Triigi_(Aleksandri)_vallavalitsus_Harjumaal, lk 13
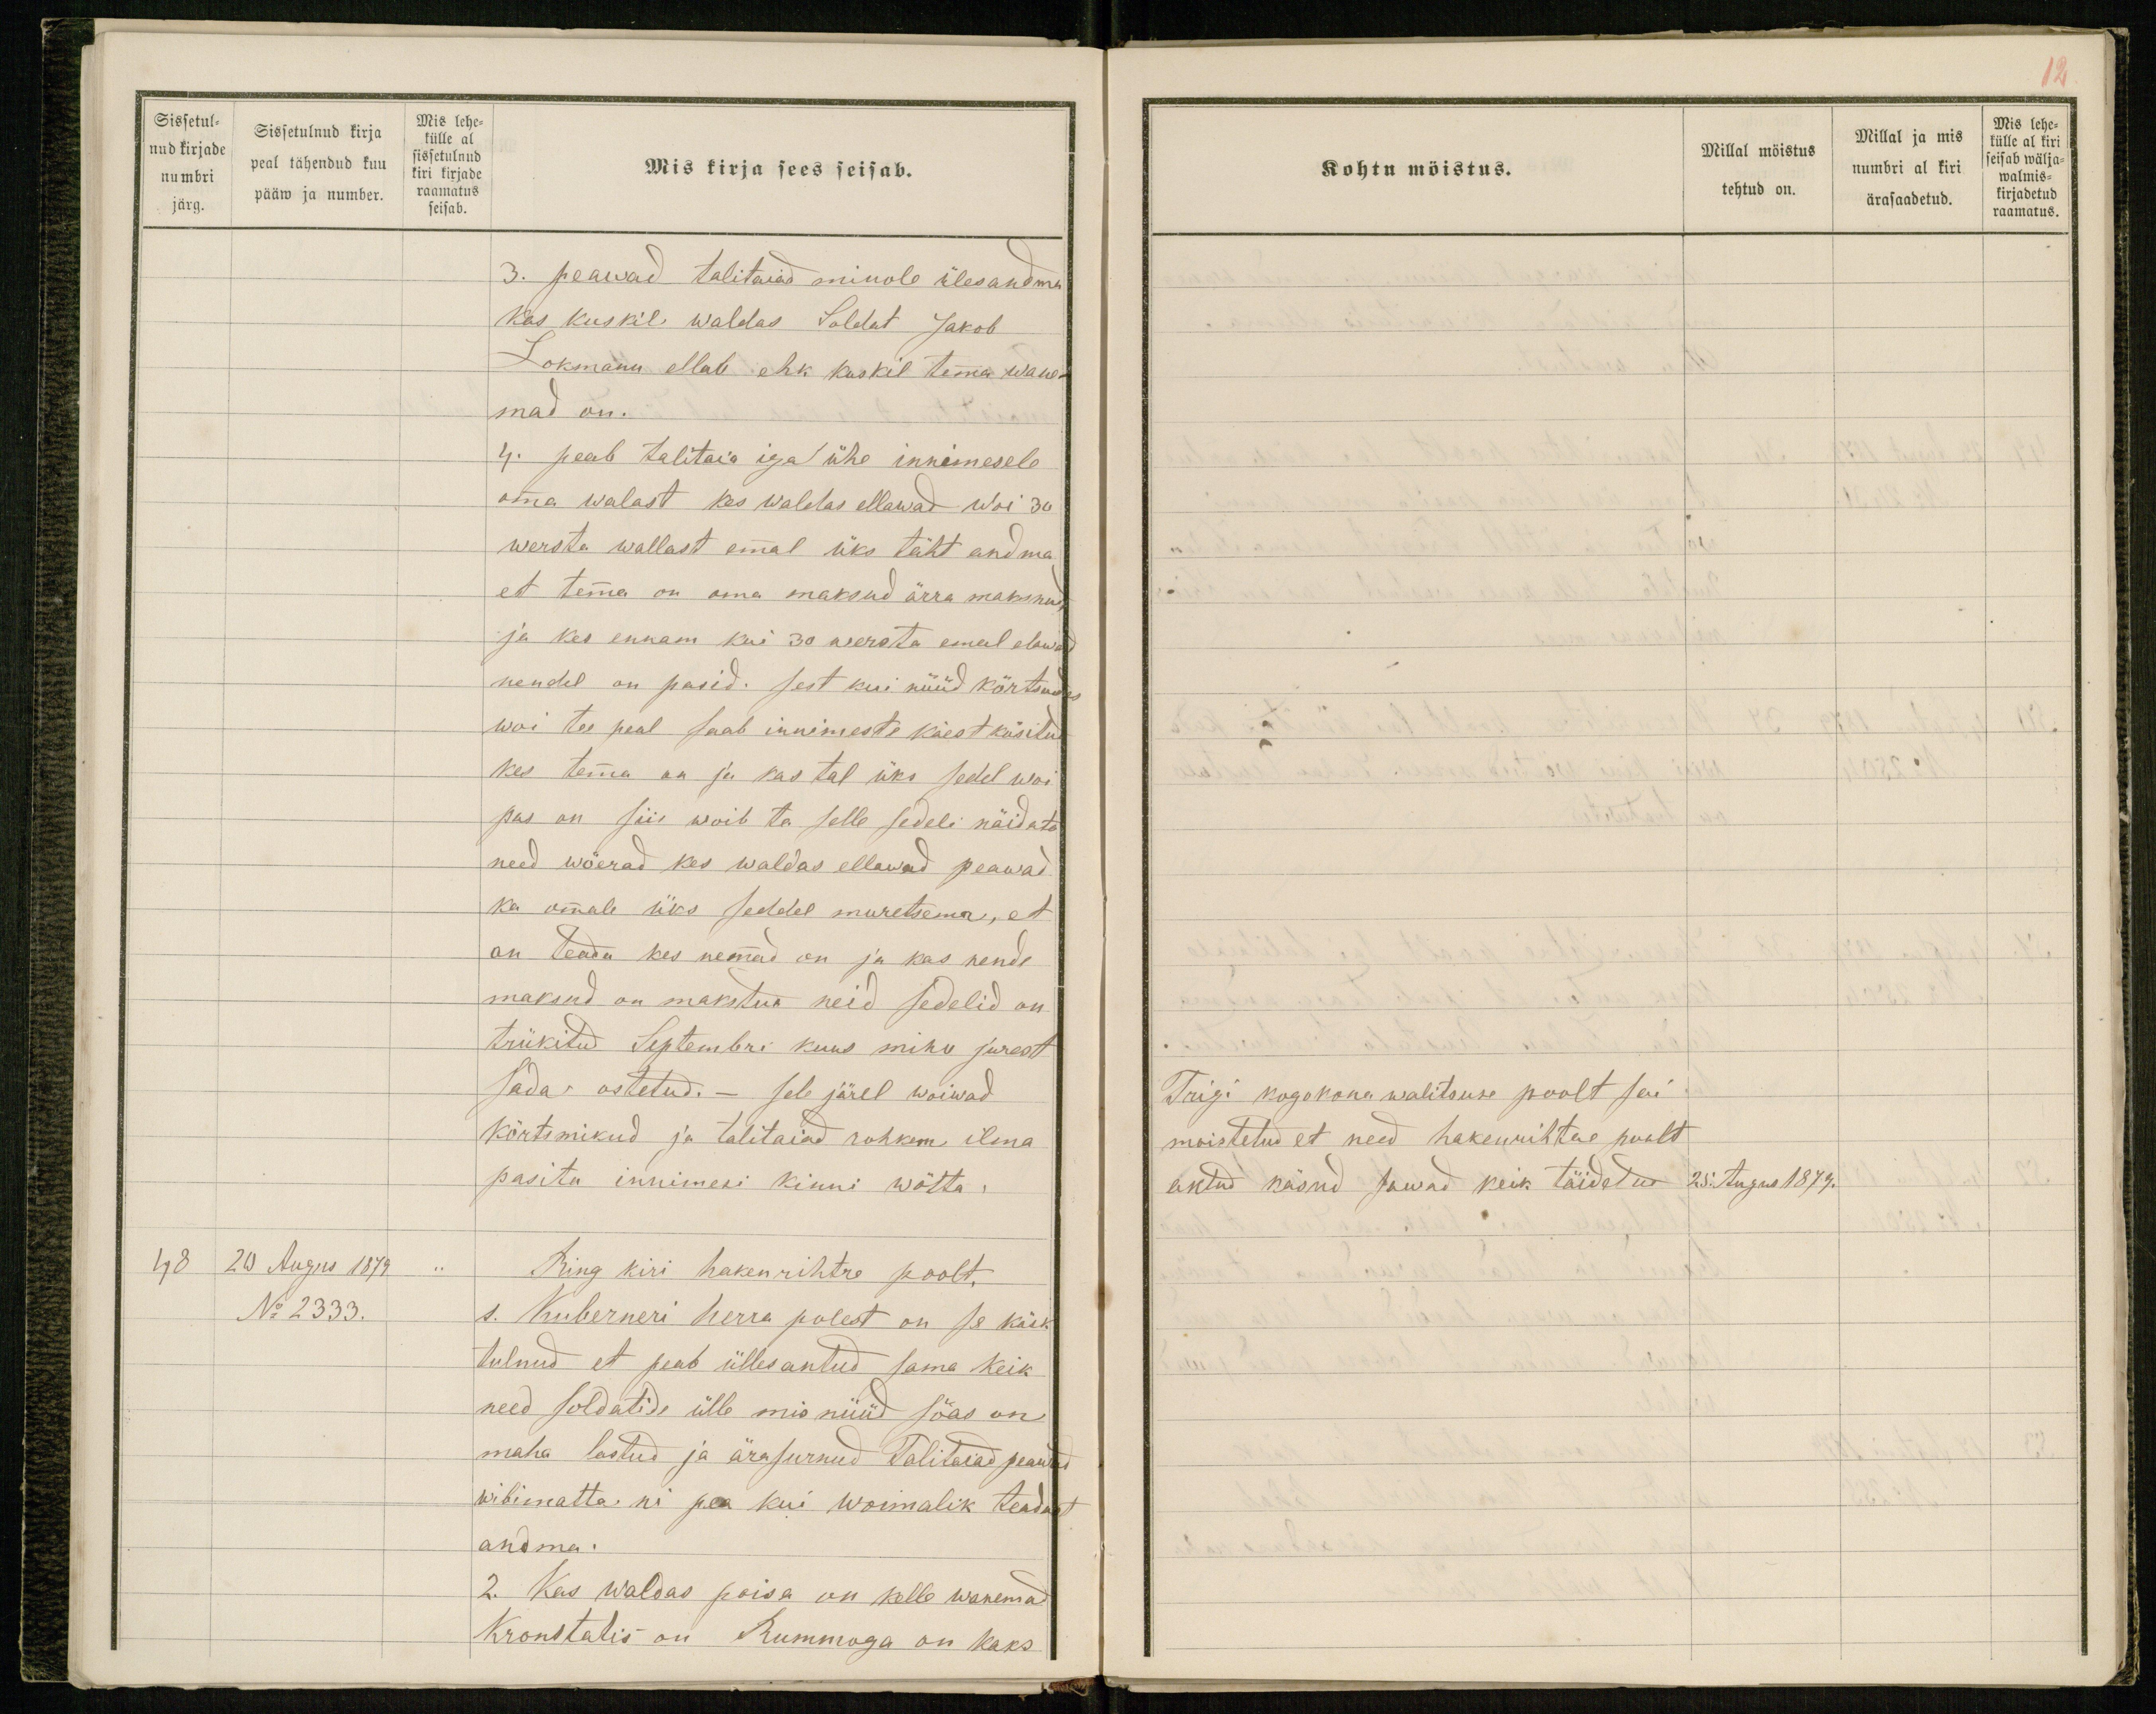
Sissetul-
nud kirjade
numbri
järg.
Sissetulnud kirja
peal tähendud kuu
pääw ja number.
Mis lehe-
külle al
sissetulnud
kiri kirjade
raamatus
seisab.
Mis kirja sees seisab.
3. peawad talitaiad minole ülesandma
kas kuskil waldas Soldat Jakob
Lokmann ellab ehk kuskil temma wane-
mad on.
4. peab talitaia iga ühe innimesele
omma walast kes waldas ellawad woi 30
wersta wallast emmal üks täht andma
et temma on oma maksud ärra maksnud,
ja kes ennam kui 30 wersta emal elawad
nendel on pasid. sest kui nüüd kõrtsudes
woi tee peal saab innimeste käest küsitud
kes temma on ja kas tal üks sedel woi
pas on siis woib ta selle sedeli näidata
need wõerad kes waldas ellawad peawad
ka ommale üks seddel muretsema, et
on teada kes nemmad on ja kas nende
maksud on makstud neid sedelid on
trükitud Septembri kuus minu jurest
sada ostetud. - sele järel woiwad
kõrtsmikud ja talitaiad rohkem ilma
pasita innimesi kinni wõtta.
48 20 Augus 1879 "
Ring kiri hakenrihtre poolt,
No 2333.
1. Kuberneri herra polest on se käsk
tulnud et peab ülles antud sama keik
need soldatide ülle mis nüüd sõas on
maha lastud ja ärasurnud Talitaiad peawad
wibimatta nii pea kui woimalik teadust
andma.
2. Kas waldas poisa on kelle wanemad
Kronstatis on Rummoga on kaks

12
Kohtu möistus.
Millal möistus
tehtud on.
Millal ja mis
numbri al kiri
ärasaadetud.
Mis lehe-
külle al kiri
seisab wälja-
walmis-
kirjadetud
raamatus.
Trigi kogokona walitsuse poolt sai
moistetud et need hakenrihtre poolt
antud käsud sawad keik täidetud
25. August 1879.